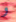
و